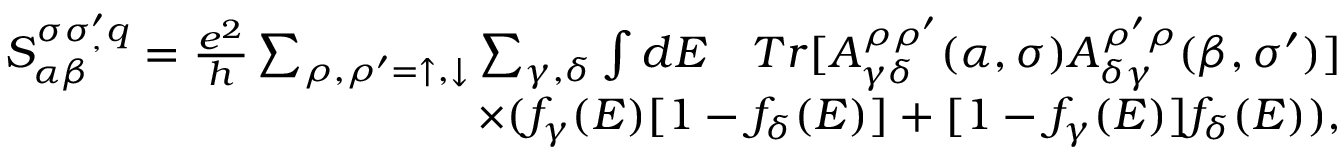
\begin{array} { r } { S _ { \alpha \beta } ^ { \sigma \sigma _ { , } ^ { \prime } q } = \frac { e ^ { 2 } } { h } \sum _ { \rho , \rho ^ { \prime } = \uparrow , \downarrow } \sum _ { \gamma , \delta } \int d E \quad T r [ A _ { \gamma \delta } ^ { \rho \rho ^ { \prime } } ( \alpha , \sigma ) A _ { \delta \gamma } ^ { \rho ^ { \prime } \rho } ( \beta , \sigma ^ { \prime } ) ] } \\ { \times ( f _ { \gamma } ( E ) [ 1 - f _ { \delta } ( E ) ] + [ 1 - f _ { \gamma } ( E ) ] f _ { \delta } ( E ) ) , } \end{array}